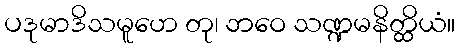
ပဒုမာဒိသမူဟေ တု၊ ဘဝေ သဏ္ဍမနိတ္ထိယံ။